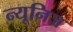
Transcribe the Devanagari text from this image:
न्यूनिज